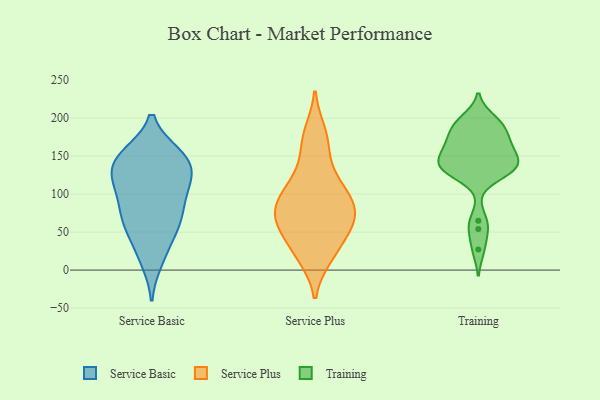
{"axis": {"x": "Market Share (%)", "y": "Value"}, "legend": ["Service Basic", "Service Plus", "Training"], "data": [{"x": "", "y": 114, "type": "Service Basic"}, {"x": "", "y": 23, "type": "Service Basic"}, {"x": "", "y": 112, "type": "Service Basic"}, {"x": "", "y": 112, "type": "Service Basic"}, {"x": "", "y": 151, "type": "Service Basic"}, {"x": "", "y": 143, "type": "Service Basic"}, {"x": "", "y": 149, "type": "Service Basic"}, {"x": "", "y": 62, "type": "Service Basic"}, {"x": "", "y": 53, "type": "Service Basic"}, {"x": "", "y": 150, "type": "Service Basic"}, {"x": "", "y": 89, "type": "Service Basic"}, {"x": "", "y": 13, "type": "Service Basic"}, {"x": "", "y": 136, "type": "Service Basic"}, {"x": "", "y": 119, "type": "Service Basic"}, {"x": "", "y": 61, "type": "Service Basic"}, {"x": "", "y": 83, "type": "Service Basic"}, {"x": "", "y": 145, "type": "Service Basic"}, {"x": "", "y": 67, "type": "Service Basic"}, {"x": "", "y": 85, "type": "Service Plus"}, {"x": "", "y": 76, "type": "Service Plus"}, {"x": "", "y": 23, "type": "Service Plus"}, {"x": "", "y": 124, "type": "Service Plus"}, {"x": "", "y": 99, "type": "Service Plus"}, {"x": "", "y": 77, "type": "Service Plus"}, {"x": "", "y": 162, "type": "Service Plus"}, {"x": "", "y": 57, "type": "Service Plus"}, {"x": "", "y": 48, "type": "Service Plus"}, {"x": "", "y": 181, "type": "Service Plus"}, {"x": "", "y": 17, "type": "Service Plus"}, {"x": "", "y": 64, "type": "Service Plus"}, {"x": "", "y": 108, "type": "Service Plus"}, {"x": "", "y": 130, "type": "Training"}, {"x": "", "y": 139, "type": "Training"}, {"x": "", "y": 189, "type": "Training"}, {"x": "", "y": 54, "type": "Training"}, {"x": "", "y": 170, "type": "Training"}, {"x": "", "y": 150, "type": "Training"}, {"x": "", "y": 192, "type": "Training"}, {"x": "", "y": 139, "type": "Training"}, {"x": "", "y": 132, "type": "Training"}, {"x": "", "y": 164, "type": "Training"}, {"x": "", "y": 189, "type": "Training"}, {"x": "", "y": 65, "type": "Training"}, {"x": "", "y": 27, "type": "Training"}, {"x": "", "y": 198, "type": "Training"}, {"x": "", "y": 169, "type": "Training"}, {"x": "", "y": 133, "type": "Training"}, {"x": "", "y": 128, "type": "Training"}, {"x": "", "y": 143, "type": "Training"}, {"x": "", "y": 160, "type": "Training"}]}